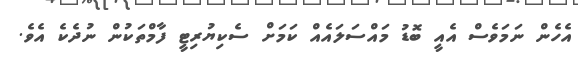
އެހެން ނަމަވެސް އެއީ ބޮޑު މައްސަލައެއް ކަމަށް ސެކިޔުރިޓީ ފާމްތަކުން ނުދެކެ އެވެ.